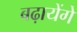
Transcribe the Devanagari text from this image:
बढ़ायेंगे